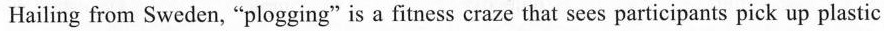
Hailing from Sweden, "plogging" is a fitness craze that secs participants pick up plastic